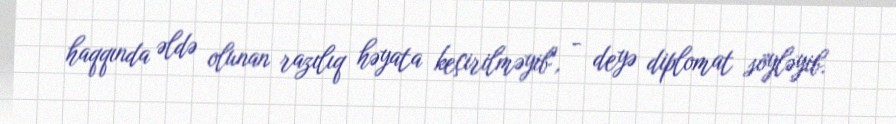
haqqında əldə olunan razılıq həyata keçirilməyib", - deyə diplomat söyləyib.